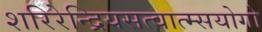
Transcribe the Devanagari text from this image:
शरिरेन्द्रियसत्वात्म्सयोगो